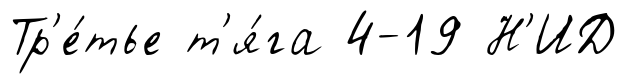
Тр'е́тье т'я́га 4-19 Н'ИД